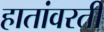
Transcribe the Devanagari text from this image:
हातांवरती